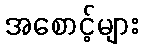
အစောင့်များ